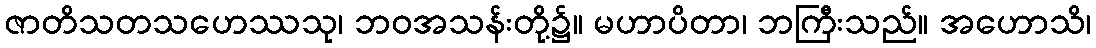
ဇာတိသတသဟေဿသု၊ ဘဝအသန်းတို့၌။ မဟာပိတာ၊ ဘကြီးသည်။ အဟောသိ၊